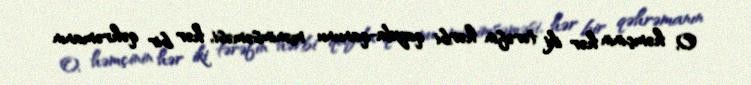
O, həmçinin hər iki tərəfin hərbi qayda-qanunu mənimsəməsi, hər bir qəhrəmanın